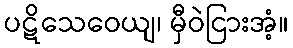
ပဋိသေဝေယျ၊ မှီဝဲငြားအံ့။